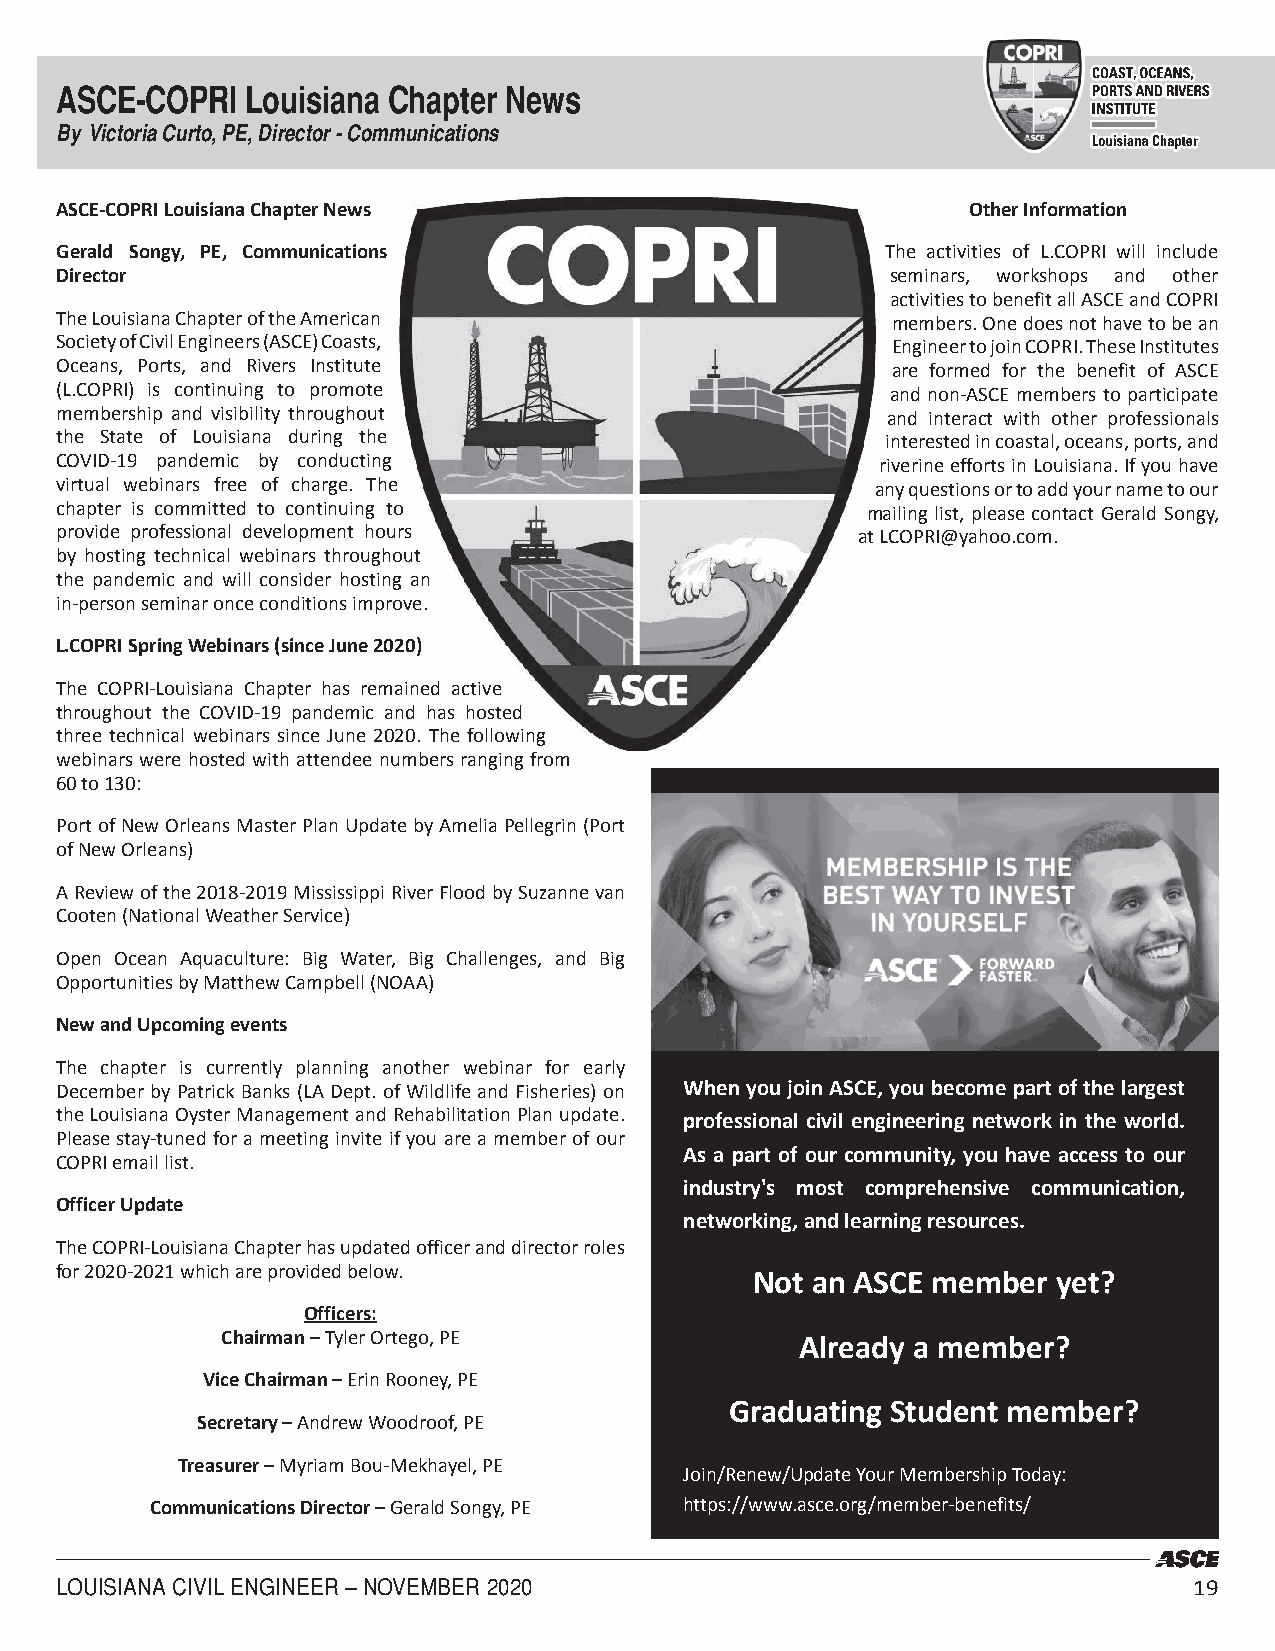
ASCE-COPRI  Louisiana Chapter News
 By Victoria Curto, PE, Director - Communications
 ASCE-COPRI Louisiana Chapter News                           Other Information
 Gerald Songy, PE, Communications                       The activities of L.COPRI will include
 Director                                               seminars, workshops and other
 activities to benefit all ASCE and COPRI
 The Louisiana Chapter of the American                  members. One does not have to be an
 Society of Civil Engineers (ASCE) Coasts,              Engineer to join COPRI. These Institutes
 Oceans, Ports, and Rivers Institute                    are formed for the benefit of ASCE
 (L.COPRI) is continuing to promote                     and non-ASCE members to participate
 membership and visibility throughout                   and interact with other professionals
 the State of Louisiana during the                      interested in coastal, oceans, ports, and
 COVID-19 pandemic by conducting                       riverine efforts in Louisiana. If you have
 virtual webinars free of charge. The                  any questions or to add your name to our
 chapter is committed to continuing to                mailing list, please contact Gerald Songy,
 provide professional development hours               at LCOPRI@yahoo.com.
 by hosting technical webinars throughout
 the pandemic and will consider hosting an
 in-person seminar once conditions improve.
 L.COPRI Spring Webinars (since June 2020)
 The COPRI-Louisiana Chapter has remained active
 throughout the COVID-19 pandemic and has hosted
 three technical webinars since June 2020. The following
 webinars were hosted with attendee numbers ranging from
 60 to 130:
 Port of New Orleans Master Plan Update by Amelia Pellegrin (Port
 of New Orleans)
 A Review of the 2018-2019 Mississippi River Flood by Suzanne van
 Cooten (National Weather Service)
 Open Ocean Aquaculture: Big Water, Big Challenges, and Big
 Opportunities by Matthew Campbell (NOAA)
 New and Upcoming events
 The chapter is currently planning another webinar for early
 December by Patrick Banks (LA Dept. of Wildlife and Fisheries) on When you join ASCE, you become part of the largest
 the Louisiana Oyster Management and Rehabilitation Plan update. professional civil engineering network in the world.
 Please stay-tuned for a meeting invite if you are a member of our
 As a part of our community, you have access to our
 COPRI email list.
 industry's most comprehensive communication,
 Officer Update
 networking, and learning resources.
 The COPRI-Louisiana Chapter has updated officer and director roles
 for 2020-2021 which are provided below.       Not an ASCE member  yet?
 Officers:
 Chairman – Tyler Ortego, PE           Already a member?
 Vice Chairman – Erin Rooney, PE
 Graduating Student member?
 Secretary – Andrew Woodroof, PE
 Treasurer – Myriam Bou-Mekhayel, PE
 Join/Renew/Update Your Membership Today:
 Communications Director – Gerald Songy, PE https://www.asce.org/member-benefits/
 LOUISIANA CIVIL ENGINEER – NOVEMBER 2020                                   19